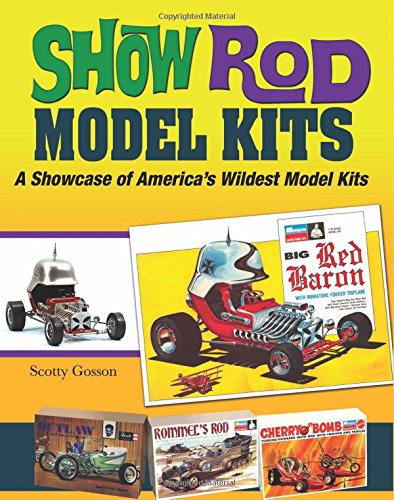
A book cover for Show Rod Model Kits: A Showcase of America's Wildest Model Kits (Cartech); Scotty Gosson; Engineering & Transportation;